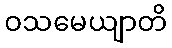
ဝသမေယျာတိ